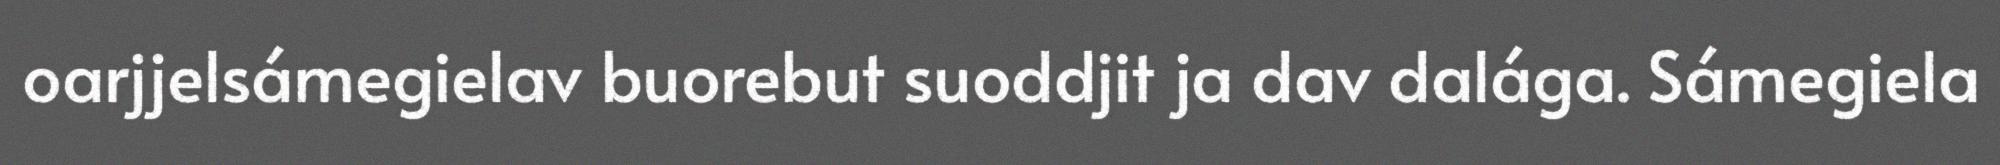
oarjjelsámegielav buorebut suoddjit ja dav dalága. Sámegiela